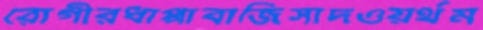
রোগীরধাপ্পাবাজিসাদওয়র্থম